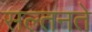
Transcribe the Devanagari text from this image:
सल्तनते